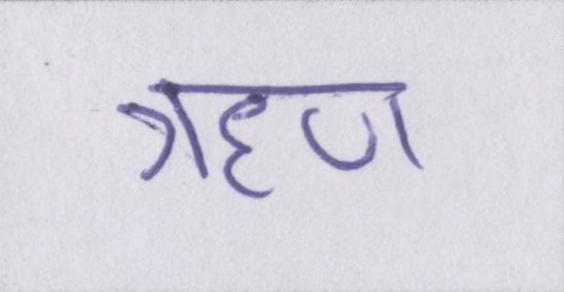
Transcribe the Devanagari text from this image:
ॠण